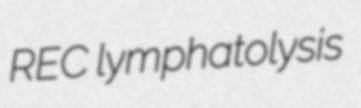
REC lymphatolysis